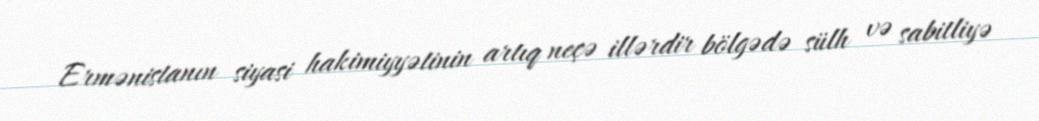
Ermənistanın siyasi hakimiyyətinin artıq neçə illərdir bölgədə sülh və sabitliyə